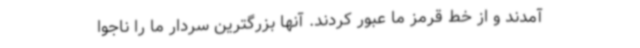
آمدند و از خط قرمز ما عبور کردند. آنها بزرگترین سردار ما را ناجوا